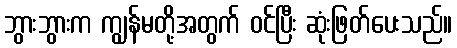
ဘွားဘွားက ကျွန်မတို့အတွက် ဝင်ပြီး ဆုံးဖြတ်ပေးသည်။